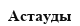
Астауды